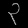
Digit: ၃